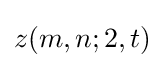
z(m,n;2,t)